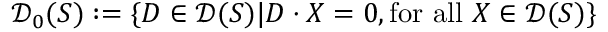
{ \mathcal { D } } _ { 0 } ( S ) : = \{ D \in { \mathcal { D } } ( S ) | D \cdot X = 0 , { \mathrm { f o r ~ a l l ~ } } X \in { \mathcal { D } } ( S ) \}